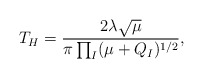
\begin{align*}T_{H}=\frac{2\lambda \sqrt{\mu }}{\pi \prod_{I}(\mu +Q_{I})^{1/2}},\end{align*}